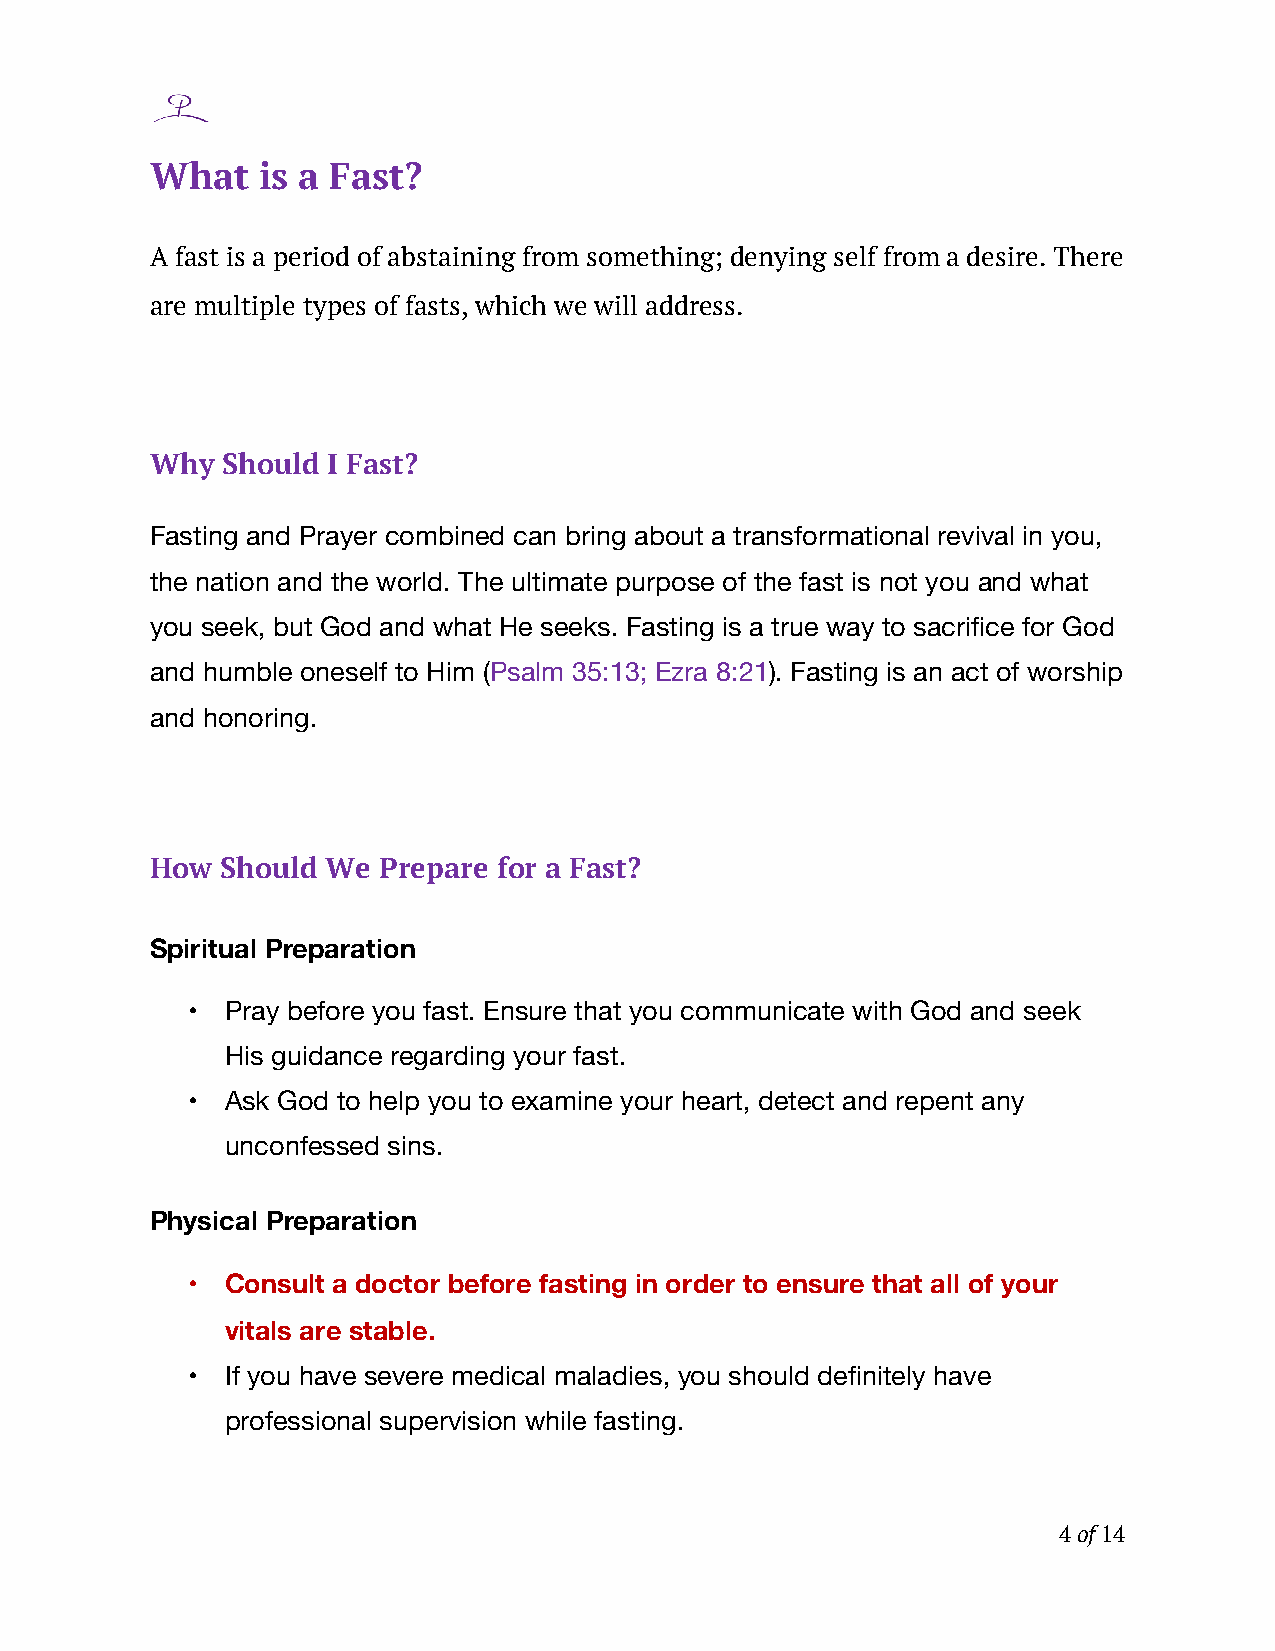
What   is a Fast?
 A fast is a period of abstaining from something; denying self from a desire. There
 are multiple types of fasts, which we will address.
 Why  Should I Fast?
 Fasting and Prayer combined can bring about a transformational revival in you,
 the nation and the world. The ultimate purpose of the fast is not you and what
 you seek, but God and what He seeks. Fasting is a true way to sacrifice for God
 and humble oneself to Him (Psalm 35:13; Ezra 8:21). Fasting is an act of worship
 and honoring.
 How  Should We Prepare for a Fast?
 Spiritual Preparation
 •  Pray before you fast. Ensure that you communicate with God and seek
 His guidance regarding your fast.
 •  Ask God to help you to examine your heart, detect and repent any
 unconfessed sins.
 Physical Preparation
 •  Consult a doctor before fasting in order to ensure that all of your
 vitals are stable.
 •  If you have severe medical maladies, you should definitely have
 professional supervision while fasting.
 4 of 14